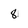
Character: 8